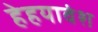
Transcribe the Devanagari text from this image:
हेहयावंश